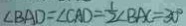
\angle B A D = \angle C A D = \frac { 1 } { 2 } \angle B A C = 3 0 ^ { \circ }